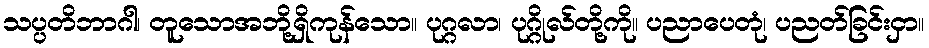
သပ္ပတိဘာဂါ၊ တူသောအဘို့ရှိကုန်သော။ ပုဂ္ဂလာ၊ ပုဂ္ဂိုလ်တို့ကို။ ပညာပေတုံ၊ ပညတ်ခြင်းငှာ။